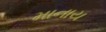
માનાય